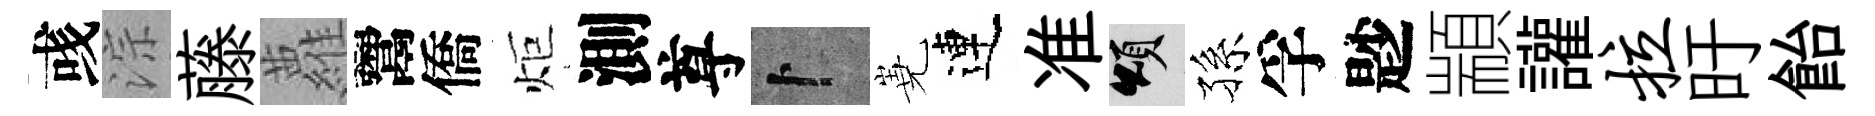
彧淙藤蘿鬻僑炬測尊卜嶤連准頌孫孚尟顓讙拉旴飴